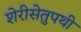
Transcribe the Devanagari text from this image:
शेरीसेतुपथी